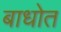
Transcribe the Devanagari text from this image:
बाधोत